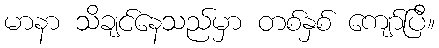
မာနာ သိချင်နေသည်မှာ တစ်နှစ် ကျော်ပြီ။